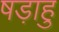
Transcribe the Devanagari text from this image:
षड़ाहु